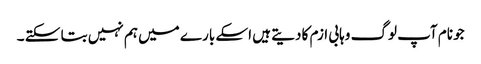
جو نام آپ لوگ وہابی ازم کا دیتے ہیں اسکے بارے میں ہم نہیں بتا سکتے ۔